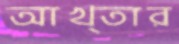
আখ্তার